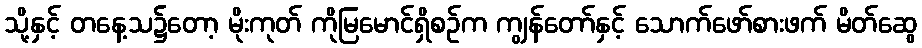
သို့နှင့် တနေ့သ၌တော့ မိုးကုတ် ကိုမြမောင်ရှိစဉ်က ကျွန်တော်နှင့် သောက်ဖော်စားဖက် မိတ်ဆွေ